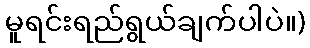
မူရင်းရည်ရွယ်ချက်ပါပဲ။)